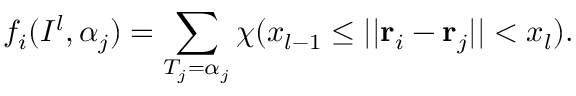
f _ { i } ( I ^ { l } , \alpha _ { j } ) = \sum _ { T _ { j } = \alpha _ { j } } \chi ( x _ { l - 1 } \le | | { \bf r } _ { i } - { \bf r } _ { j } | | < x _ { l } ) .